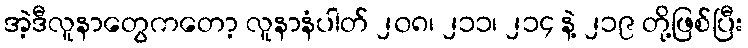
အဲ့ဒီလူနာတွေကတော့ လူနာနံပါတ် ၂၀၈၊ ၂၁၁၊ ၂၁၄ နဲ့ ၂၁၉ တို့ဖြစ်ပြီး